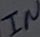
Text: IN